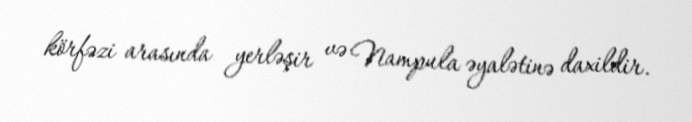
körfəzi arasında yerləşir və Nampula əyalətinə daxildir.